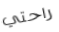
راحتي